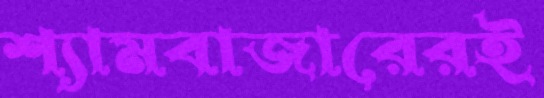
শ্যামবাজারেরই